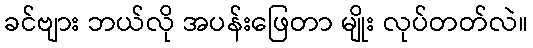
ခင်ဗျား ဘယ်လို အပန်းဖြေတာ မျိုး လုပ်တတ်လဲ။